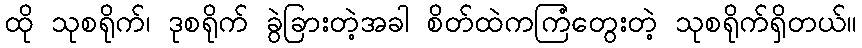
ထို သုစရိုက်၊ ဒုစရိုက် ခွဲခြားတဲ့အခါ စိတ်ထဲကကြံတွေးတဲ့ သုစရိုက်ရှိတယ်။